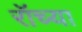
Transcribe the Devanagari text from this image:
रॉच्या